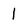
Character: 1